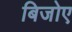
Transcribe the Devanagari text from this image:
बिजोए